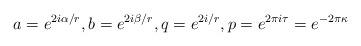
LaTeX: \begin{align*}a=e^{2 i \alpha/r}, b=e^{2 i \beta/r}, q=e^{2 i /r}, p=e^{2 \pi i \tau}=e^{-2 \pi \kappa}\end{align*}